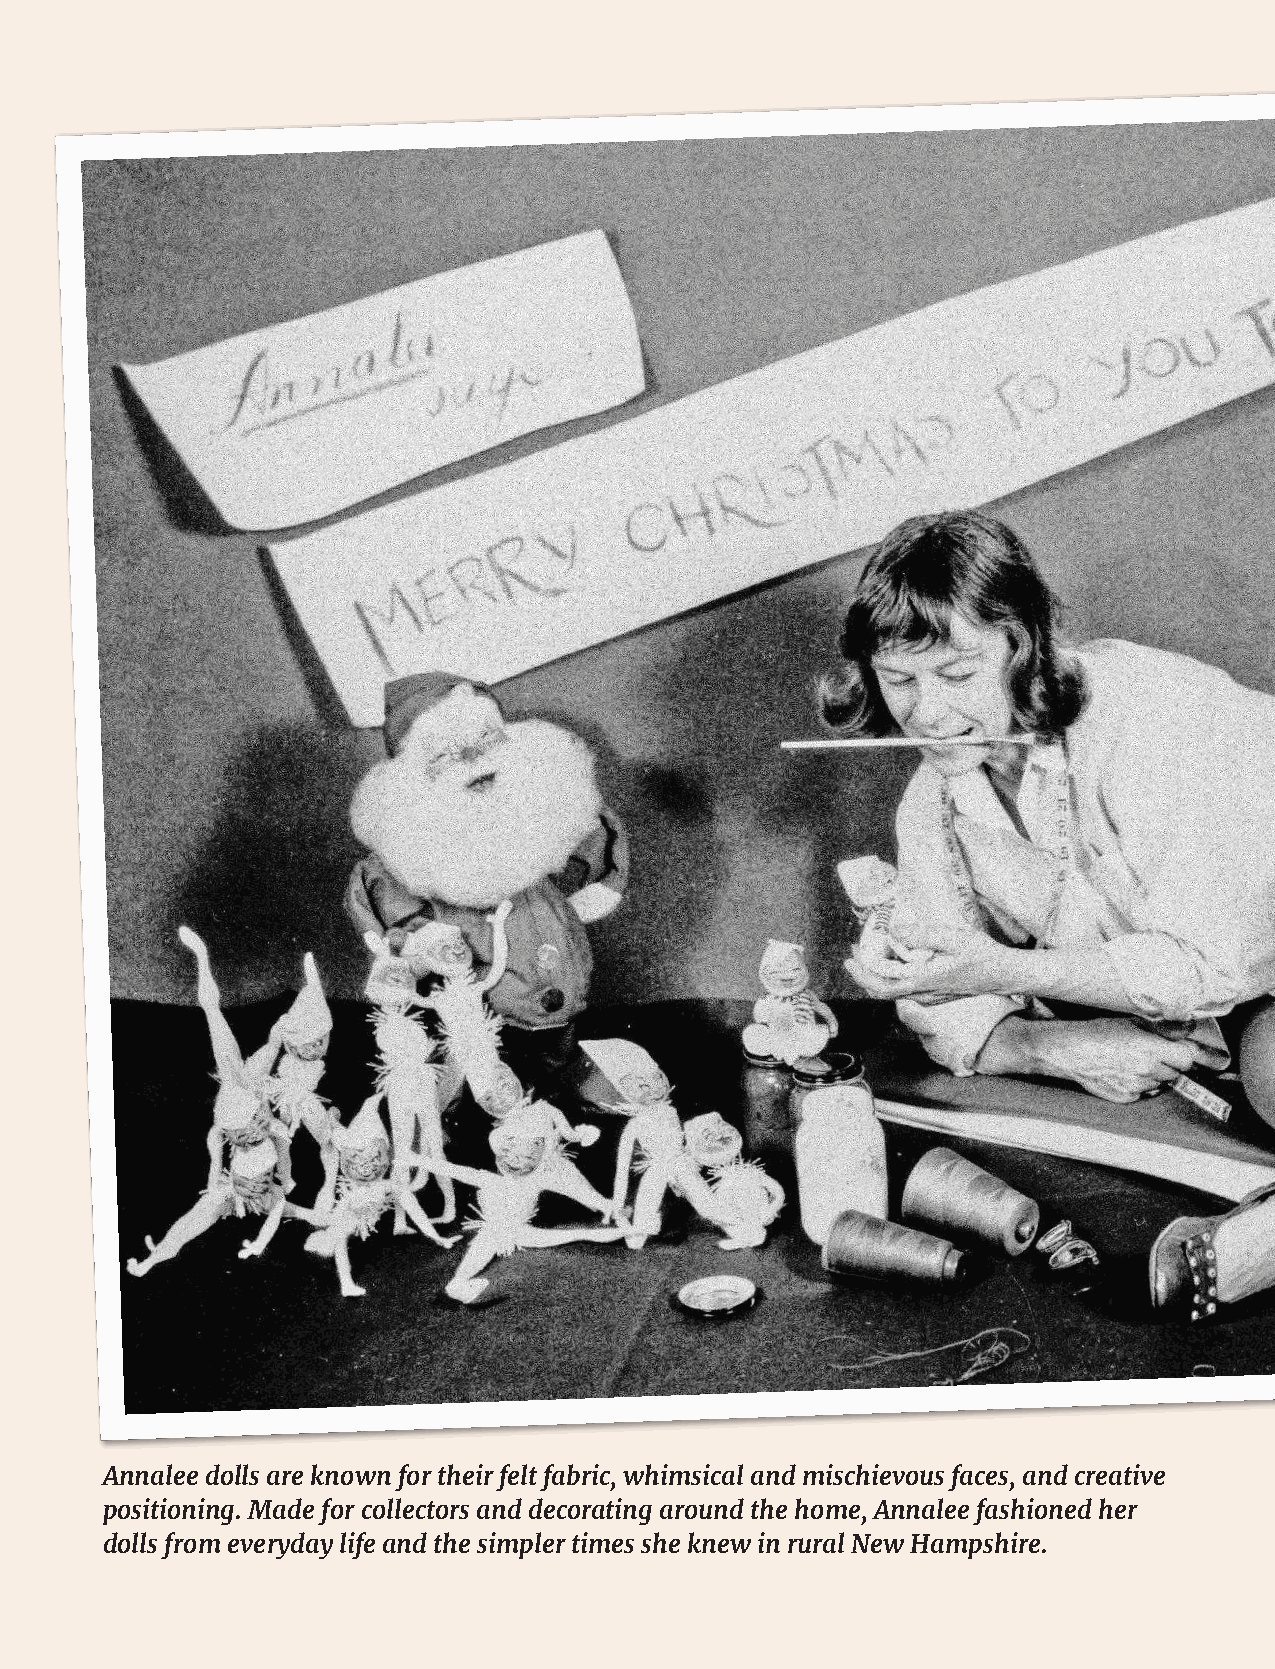
Annalee dolls are known for their felt fabric, whimsical and mischievous faces, and creative
 positioning. Made for collectors and decorating around the home, Annalee fashioned her
 dolls from everyday life and the simpler times she knew in rural New Hampshire.
 18 a ro u n d c o n c o rd . c o m